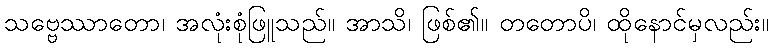
သဗ္ဗေဿာတော၊ အလုံးစုံဖြူသည်။ အာသိ၊ ဖြစ်၏။ တတောပိ၊ ထိုနောင်မှလည်း။